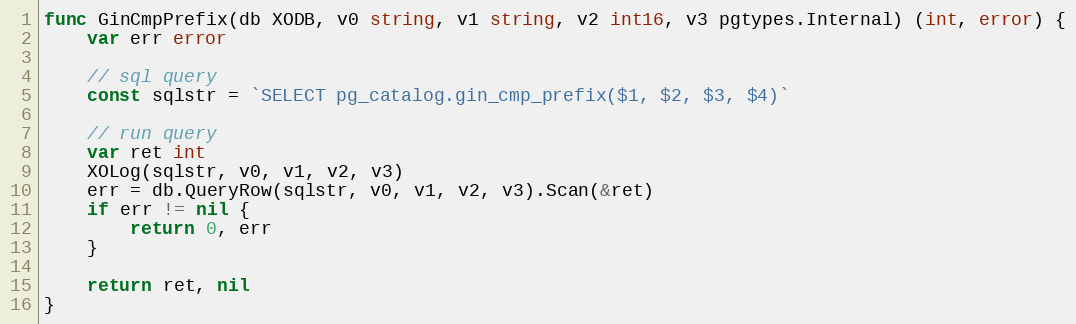
Language: Go
func GinCmpPrefix(db XODB, v0 string, v1 string, v2 int16, v3 pgtypes.Internal) (int, error) {
	var err error

	// sql query
	const sqlstr = `SELECT pg_catalog.gin_cmp_prefix($1, $2, $3, $4)`

	// run query
	var ret int
	XOLog(sqlstr, v0, v1, v2, v3)
	err = db.QueryRow(sqlstr, v0, v1, v2, v3).Scan(&ret)
	if err != nil {
		return 0, err
	}

	return ret, nil
}